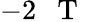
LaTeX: -2\mathrm{~~~T~}